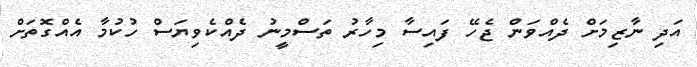
އަދި ނާޒިމަށް ދެއްވަން ޖެހޭ ފައިސާ މިހާރު ތަސްމީނު ދެއްކެވިޔަސް ހުކުމާ އެއްގޮތަށް